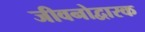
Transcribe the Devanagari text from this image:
जीवनोद्वारक